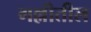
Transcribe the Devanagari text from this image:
गल्लीतील